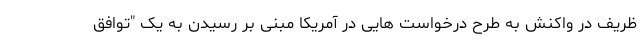
ظریف در واکنش به طرح درخواست هایی در آمریکا مبنی بر رسیدن به یک "توافق